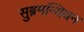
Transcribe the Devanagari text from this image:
सुब्रमन्यियन